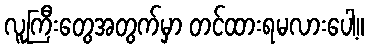
လူကြီးတွေအတွက်မှာ တင်ထားရမလားပေါ့။